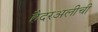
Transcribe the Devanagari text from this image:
हैदरअलीची